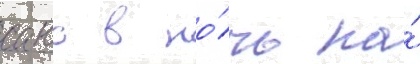
саво в но́чь на́